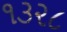
૧૩૨૮